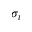
\sigma _ { t }